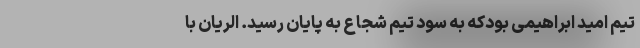
تیم امید ابراهیمی بودکه به سود تیم شجاع به پایان رسید. الریان با